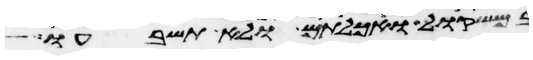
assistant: במשקול ואכלתם ולא תשבעו